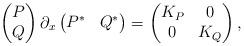
LaTeX: \begin{align*}\begin{pmatrix} P \\ Q\end{pmatrix}\partial_x\begin{pmatrix} P^* & Q^*\end{pmatrix} = \begin{pmatrix} K_P & 0 \\ 0 & K_Q\end{pmatrix},\end{align*}